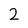
Character: 2